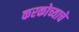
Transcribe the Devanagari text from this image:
करकोच्याचे